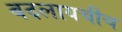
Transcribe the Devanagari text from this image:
बदलायचीच